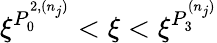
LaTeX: \xi^{P_{0}^{2,(n_{j})}}<\xi<\xi^{P_{3}^{(n_{j})}}